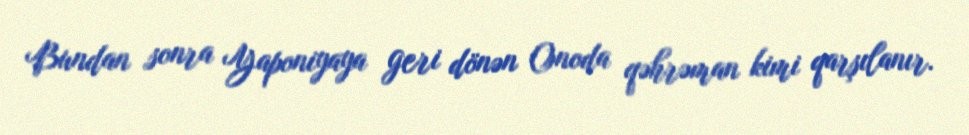
Bundan sonra Yaponiyaya geri dönən Onoda qəhrəman kimi qarşılanır.